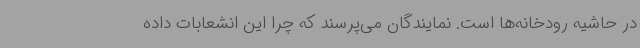
در حاشیه‌ رودخانه‌ها است. نمایندگان می‌پرسند که چرا این انشعابات داده